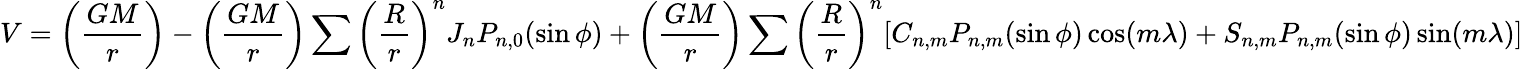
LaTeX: V=\left({\frac{GM}{r}}\right)-\left({\frac{GM}{r}}\right)\sum\left({\frac{R}{r}}\right)^{n}J_{n}P_{n,0}(\sin\phi)+\left({\frac{GM}{r}}\right)\sum\left({\frac{R}{r}}\right)^{n}[C_{n,m}P_{n,m}(\sin\phi)\cos(m\lambda)+S_{n,m}P_{n,m}(\sin\phi)\sin(m\lambda)]